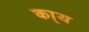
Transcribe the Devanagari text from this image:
का्य